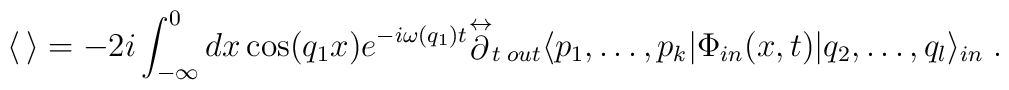
\langle \, \rangle =-2i\int _{-\infty }^{0}dx\cos (q_{1}x)e^{-i\omega (q_{1})t}{\mathop {\partial }^{\leftrightarrow }}_{t}\, _{out}\langle p_{1},\dots ,p_{k}|\Phi _{in}(x,t)|q_{2},\dots ,q_{l}\rangle _{in}\; .